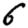
Digit: 6